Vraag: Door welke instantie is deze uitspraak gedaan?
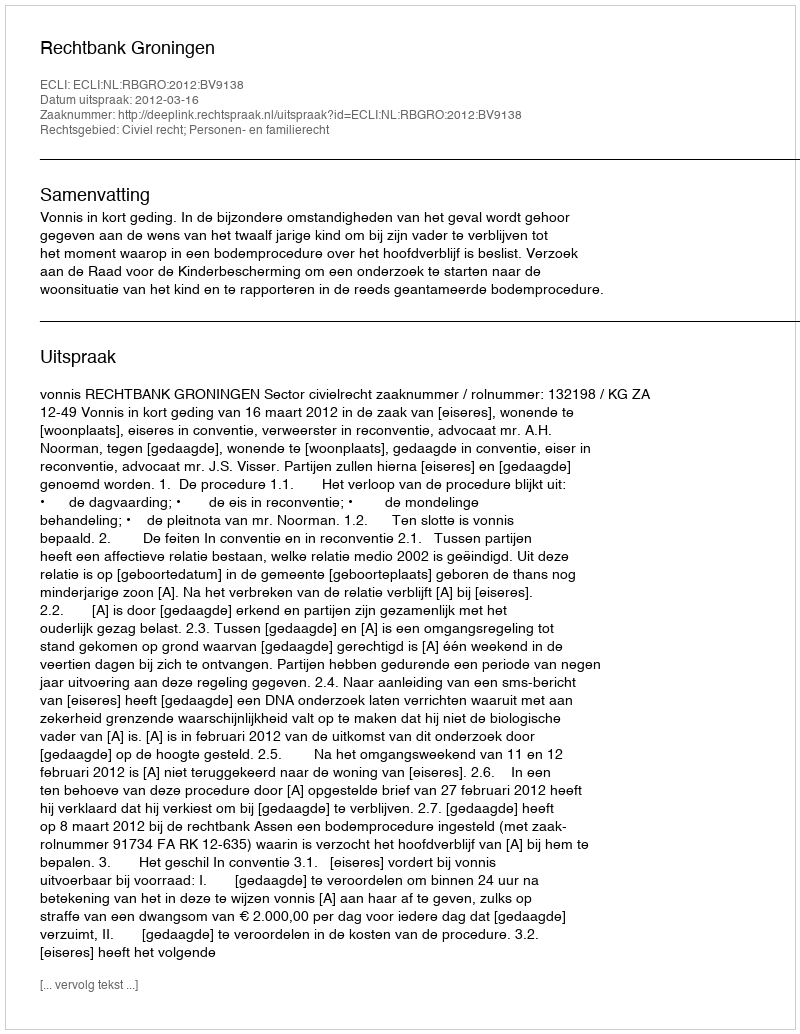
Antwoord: Rechtbank Groningen